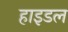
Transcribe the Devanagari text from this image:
हाइडल